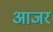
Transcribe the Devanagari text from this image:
आजर